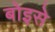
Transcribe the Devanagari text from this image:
बोइसे